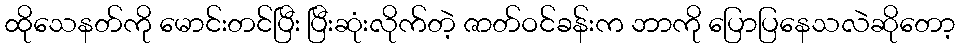
ထိုသေနတ်ကို မောင်းတင်ပြီး ပြီးဆုံးလိုက်တဲ့ ဇာတ်ဝင်ခန်းက ဘာကို ပြောပြနေသလဲဆိုတော့